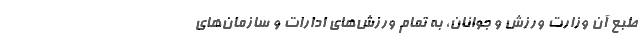
طبع آن وزارت ورزش و جوانان، به تمام ورزش‌های ادارات و سازمان‌های